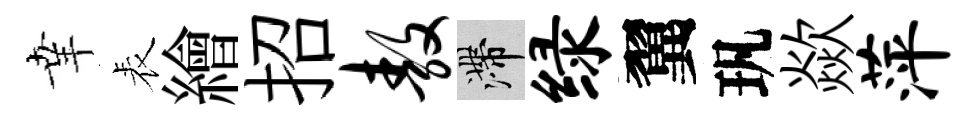
𦍒表繪招敖滯绿翼㺬歘萍